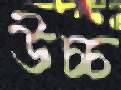
উচ্চ